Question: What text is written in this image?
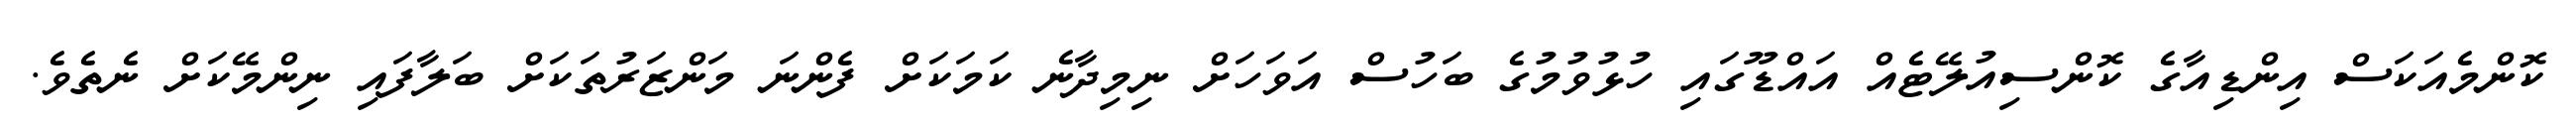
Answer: ކޮންމެއަކަސް އިންޑިއާގެ ކޮންސިއުލޭޓެއް އައްޑޫގައި ހުޅުވުމުގެ ބަހުސް އަވަހަށް ނިމިދާނެ ކަމަކަށް ފެންނަ މަންޒަރުތަކަށް ބަލާފައި ނިންމޭކަށް ނެތެވެ.